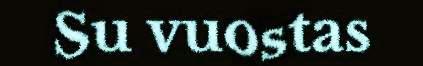
Su vuostas